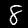
Label: 8